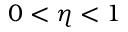
0 < \eta < 1